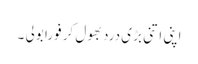
اپنی اتنی بڑی درد بھول کر فورا بولی ۔